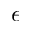
\epsilon